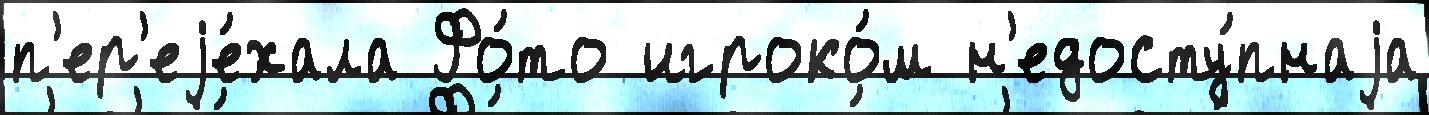
п'ер'еjе́хала Фо́то игроко́м н'едосту́пнаjа